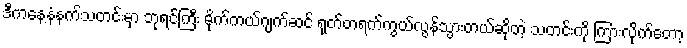
ဒီကနေ့နံနက်သတင်းမှာ ဘုရင်ကြီး မိုက်ကယ်ဂျက်ဆင် ရုတ်တရက်ကွယ်လွန်သွားတယ်ဆိုတဲ့ သတင်းကို ကြားလိုက်တော့